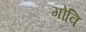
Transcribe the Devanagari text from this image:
गोवि